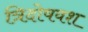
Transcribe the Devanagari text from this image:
त्रिदोषवश